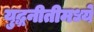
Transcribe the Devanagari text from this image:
युद्धनीतीमध्ये